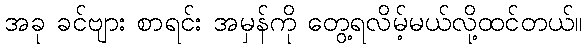
အခု ခင်ဗျား စာရင်း အမှန်ကို တွေ့ရလိမ့်မယ်လို့ထင်တယ်။